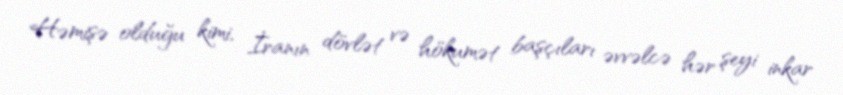
Həmişə olduğu kimi, İranın dövlət və hökumət başçıları əvvəlcə hər şeyi inkar